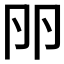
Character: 𠨖